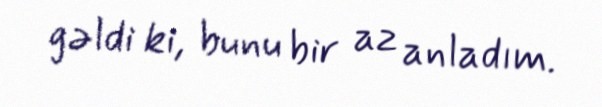
gəldi ki, bunu bir az anladım.